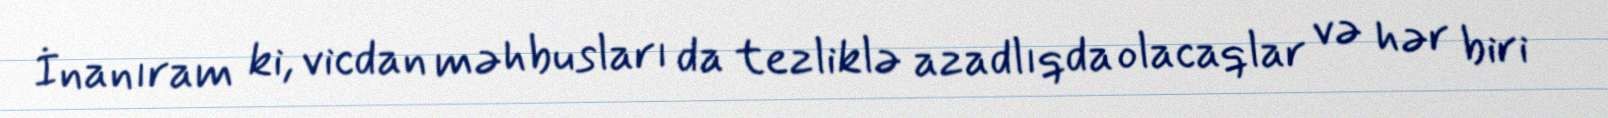
İnanıram ki, vicdan məhbusları da tezliklə azadlıqda olacaqlar və hər biri